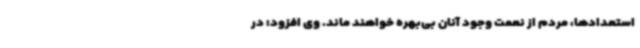
استعدادها، مردم از نعمت وجود آنان بی‌بهره خواهند ماند. وی افزود: در